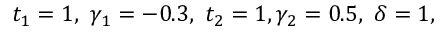
t _ { 1 } = 1 , \ \gamma _ { 1 } = - 0 . 3 , \ t _ { 2 } = 1 , \gamma _ { 2 } = 0 . 5 , \ \delta = 1 ,